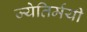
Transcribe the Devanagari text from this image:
ज्येतिर्मयी